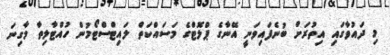
މި ދައުވާގައި އިތުރަށް ބުނެފައިވަނީ އޭނާގެ ޕްލޮޓްގެ މަސައްކަތް ލައިޓްސްޓޯމުން ހުއްޓާލިތާ މާގިނަ